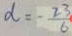
d = - \frac { 2 3 } { 6 }